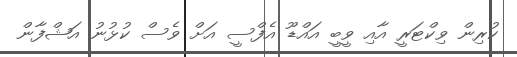
ކުރިން ވިކްޓަރީ އާއި ވީބީ އައްޑޫ އެފްސީ އަށް ވެސް ކުޅުނު އަޝްފާން